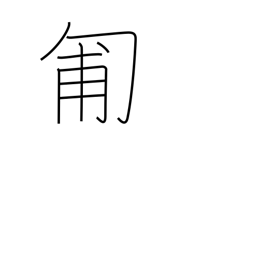
Meaning: crawl